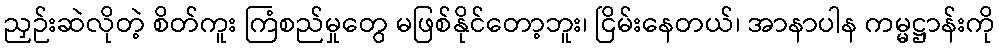
ညှဉ်းဆဲလိုတဲ့ စိတ်ကူး ကြံစည်မှုတွေ မဖြစ်နိုင်တော့ဘူး၊ ငြိမ်းနေတယ်၊ အာနာပါန ကမ္မဋ္ဌာန်းကို